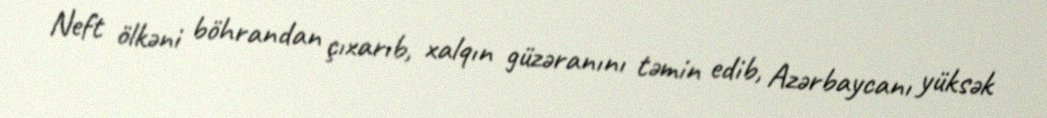
Neft ölkəni böhrandan çıxarıb, xalqın güzəranını təmin edib, Azərbaycanı yüksək